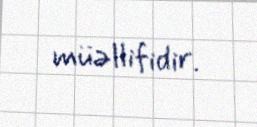
müəllifidir.